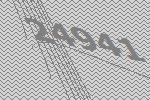
24941